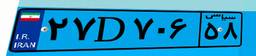
۵۲D۵۱۲۴۸